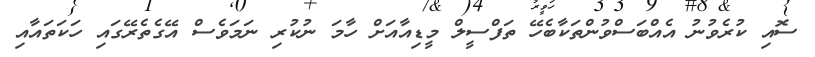
ސޮއި ކުރެވުނު އެއްބަސްވުންތަކާބެހޭ ތަފްސީލް މީޑިއާއަށް ހާމަ ނުކުރި ނަމަވެސް އޭގެތެރޭގައި ހަކަތައާއި